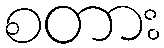
စတား